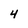
Character: 4